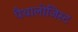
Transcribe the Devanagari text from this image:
पैथालोजिस्ट